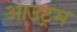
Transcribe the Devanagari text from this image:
आउट्रम